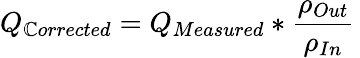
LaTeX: Q_{\mathbb{C}orrected}=Q_{Measured}*{\frac{{\rho_{Out}}}{{\rho_{In}}}}\,